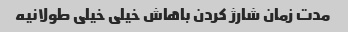
مدت زمان شارژ کردن باهاش خیلی خیلی طولانیه